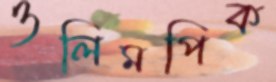
ওলিমপিক